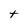
Character: t